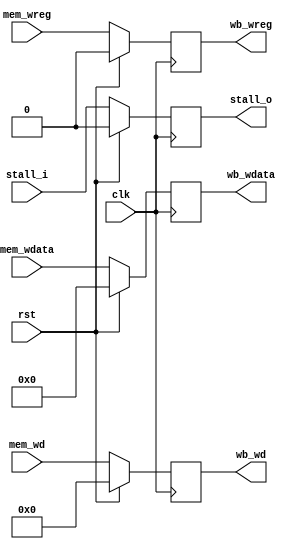
module mem_wb(
    input wire clk,
    input wire rst,

    input wire[4:0] mem_wd,
    input wire mem_wreg,
    input wire[31:0] mem_wdata,
    input wire stall_i,

    output reg wb_wreg,
    output reg[4:0] wb_wd,
    output reg[31:0] wb_wdata,
    output reg stall_o
);

    always@(posedge clk) begin
        if(rst == 1'b1) begin
            wb_wreg <= 1'b0;
            wb_wd <= 5'b0;
            wb_wdata <= 32'h0;
            stall_o <= 1'b0;
        end else begin 
            wb_wd <= mem_wd;
            wb_wreg <= mem_wreg;
            wb_wdata <= mem_wdata;
            stall_o <= stall_i;
        end
    end

endmodule